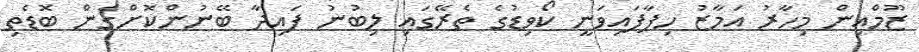
ޒޫމްއިން މިހާރު އަމާޒު ހިފާފައިވަނީ ކޯވިޑުގެ ތެރޭގައި ލިބުނު ފައިދާ ބޭނުންކޮށްގެން ބޮޑެތި